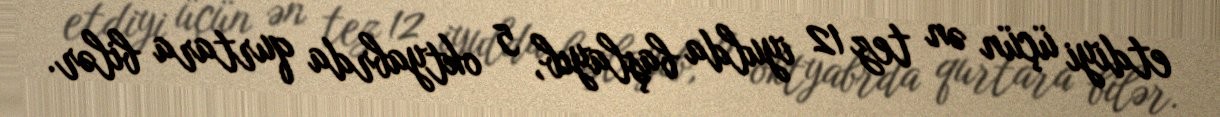
etdiyi üçün ən tez 12 iyulda başlayıb, 5 oktyabrda qurtara bilər.